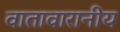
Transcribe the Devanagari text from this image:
वातावारानीय